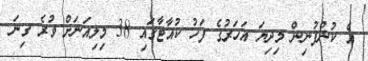
އެ ކުންފުނިން މިދިޔަ އަހަރުގެ ފަހު ކުއާޓާގައި 38 މިލިއަނަށް ވުރެ ގިނަ